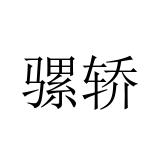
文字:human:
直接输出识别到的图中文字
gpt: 骡轿